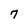
Character: 7